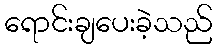
ရောင်းချပေးခဲ့သည်